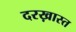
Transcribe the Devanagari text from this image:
दरख़ास्त